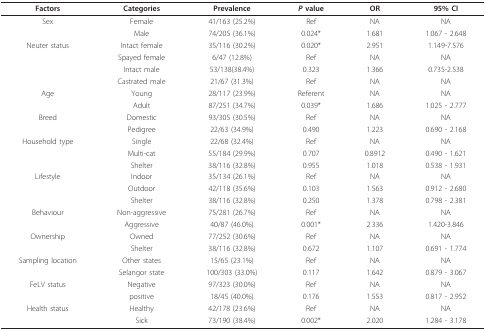
<table><thead><tr><td><b>Factors</b></td><td><b>Categories</b></td><td><b>Prevalence</b></td><td><b><i>P </i>value</b></td><td><b>OR</b></td><td><b>95% CI</b></td></tr></thead><tbody><tr><td>Sex</td><td>Female</td><td>41/163 (25.2%)</td><td>Ref</td><td>NA</td><td>NA</td></tr><tr><td></td><td>Male</td><td>74/205 (36.1%)</td><td>0.024*</td><td>1.681</td><td>1.067 - 2.648</td></tr><tr><td>Neuter status</td><td>Intact female</td><td>35/116 (30.2%)</td><td>0.020*</td><td>2.951</td><td>1.149-7.576</td></tr><tr><td></td><td>Spayed female</td><td>6/47 (12.8%)</td><td>Ref</td><td>NA</td><td>NA</td></tr><tr><td></td><td>Intact male</td><td>53/138(38.4%)</td><td>0.323</td><td>1.366</td><td>0.735-2.538</td></tr><tr><td></td><td>Castrated male</td><td>21/67 (31.3%)</td><td>Ref</td><td>NA</td><td>NA</td></tr><tr><td>Age</td><td>Young</td><td>28/117 (23.9%)</td><td>Referent</td><td>NA</td><td>NA</td></tr><tr><td></td><td>Adult</td><td>87/251 (34.7%)</td><td>0.039*</td><td>1.686</td><td>1.025 - 2.777</td></tr><tr><td>Breed</td><td>Domestic</td><td>93/305 (30.5%)</td><td>Ref</td><td>NA</td><td>NA</td></tr><tr><td></td><td>Pedigree</td><td>22/63 (34.9%)</td><td>0.490</td><td>1.223</td><td>0.690 - 2.168</td></tr><tr><td>Household type</td><td>Single</td><td>22/68 (32.4%)</td><td>Ref</td><td>NA</td><td>NA</td></tr><tr><td></td><td>Multi-cat</td><td>55/184 (29.9%)</td><td>0.707</td><td>0.8912</td><td>0.490 - 1.621</td></tr><tr><td></td><td>Shelter</td><td>38/116 (32.8%)</td><td>0.955</td><td>1.018</td><td>0.538 - 1.931</td></tr><tr><td>Lifestyle</td><td>Indoor</td><td>35/134 (26.1%)</td><td>Ref</td><td>NA</td><td>NA</td></tr><tr><td></td><td>Outdoor</td><td>42/118 (35.6%)</td><td>0.103</td><td>1.563</td><td>0.912 - 2.680</td></tr><tr><td></td><td>Shelter</td><td>38/116 (32.8%)</td><td>0.250</td><td>1.378</td><td>0.798 - 2.381</td></tr><tr><td>Behaviour</td><td>Non-aggressive</td><td>75/281 (26.7%)</td><td>Ref</td><td>NA</td><td>NA</td></tr><tr><td></td><td>Aggressive</td><td>40/87 (46.0%)</td><td>0.001*</td><td>2.336</td><td>1.420-3.846</td></tr><tr><td>Ownership</td><td>Owned</td><td>77/252 (30.6%)</td><td>Ref</td><td>NA</td><td>NA</td></tr><tr><td></td><td>Shelter</td><td>38/116 (32.8%)</td><td>0.672</td><td>1.107</td><td>0.691 - 1.774</td></tr><tr><td>Sampling location</td><td>Other states</td><td>15/65 (23.1%)</td><td>Ref</td><td>NA</td><td>NA</td></tr><tr><td></td><td>Selangor state</td><td>100/303 (33.0%)</td><td>0.117</td><td>1.642</td><td>0.879 - 3.067</td></tr><tr><td>FeLV status</td><td>Negative</td><td>97/323 (30.0%)</td><td>Ref</td><td>NA</td><td>NA</td></tr><tr><td></td><td>positive</td><td>18/45 (40.0%)</td><td>0.176</td><td>1.553</td><td>0.817 - 2.952</td></tr><tr><td>Health status</td><td>Healthy</td><td>42/178 (23.6%)</td><td>Ref</td><td>NA</td><td>NA</td></tr><tr><td></td><td>Sick</td><td>73/190 (38.4%)</td><td>0.002*</td><td>2.020</td><td>1.284 - 3.178</td></tr></tbody></table>